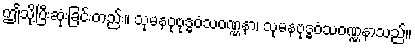
ဤသို့ပြီးဆုံးခြင်းတည်း။ သုမနဝုဗုဒ္ဓဝံသဝဏ္ဏနာ၊ သုမနဗုဒ္ဓဝံသဝဏ္ဏနာသည်။